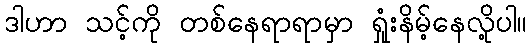
ဒါဟာ သင့်ကို တစ်နေရာရာမှာ ရှုံးနိမ့်နေလို့ပါ။